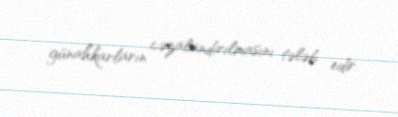
günahkarların cəzalandırılmasını tələb edir.